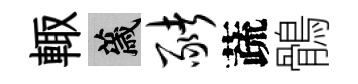
輙薉猪蔬鶻